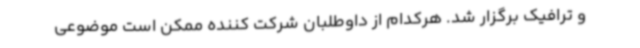
و ترافیک برگزار شد. هرکدام از داوطلبان شرکت کننده ممکن است موضوعی